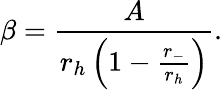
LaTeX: \beta={\frac{A}{r_{h}\left(1-{\frac{r_{-}}{r_{h}}}\right)}}.